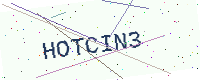
Text: HOTCIN3